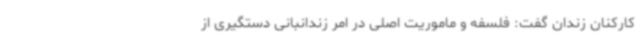
کارکنان زندان گفت: فلسفه و ماموریت اصلی در امر زندانبانی دستگیری از